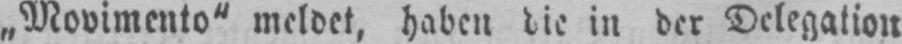
„Movimento“ meldet, haben die in der Delegation